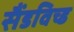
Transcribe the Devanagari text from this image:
सैंडविच्ड